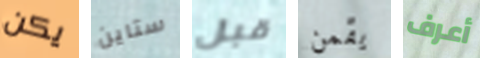
يكن ستاين قبل يقمن أعرف